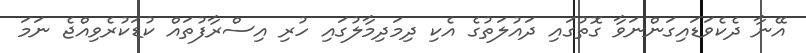
އޭނާ ދެކެވަޑައިގަންނަވާ ގޮތުގައި ދައުލަތުގެ އެކި ދިމަދިމާލުގައި ހުރި އިސްރާފުތައް ކުޑަކުރެވިއްޖެ ނަމަ